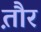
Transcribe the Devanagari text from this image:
त़ौर